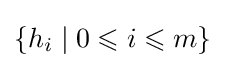
\{h_{i}\mid 0\leqslant i\leqslant m\}